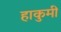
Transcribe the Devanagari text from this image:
हाकुमी